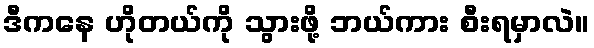
ဒီကနေ ဟိုတယ်ကို သွားဖို့ ဘယ်ကား စီးရမှာလဲ။